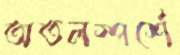
অতলস্পর্শে